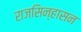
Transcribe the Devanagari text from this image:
राजसिन्हासन